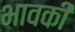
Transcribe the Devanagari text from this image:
भावकी